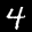
Label: 4